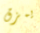
يمزق